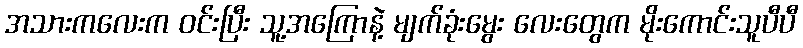
အသားကလေးက ဝင်းပြီး သူ့အကြောနဲ့ မျက်ခုံးမွေး လေးတွေက မိုးကောင်းသူပီပီ